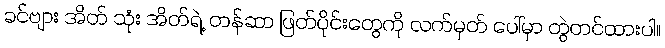
ခင်ဗျား အိတ် သုံး အိတ်ရဲ့ တန်ဆာ ဖြတ်ပိုင်းတွေကို လက်မှတ် ပေါ်မှာ တွဲတင်ထားပါ။